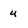
Character: u